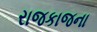
રાજકાજના